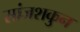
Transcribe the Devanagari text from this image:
सांजशकुन